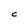
Character: C